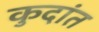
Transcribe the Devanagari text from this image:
कुदांत